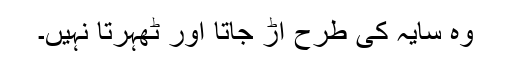
وہ سایہ کی طرح اڑ جاتا اور ٹھہرتا نہیں۔